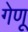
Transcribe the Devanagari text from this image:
गेणू